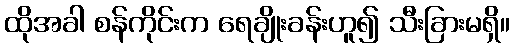
ထိုအခါ စန်ကိုင်းက ရေချိုးခန်းဟူ၍ သီးခြားမရှိ။